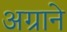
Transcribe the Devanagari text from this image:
अग्राने